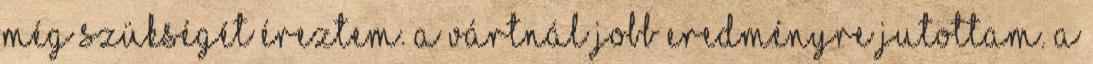
még szükségét éreztem. A vártnál jobb eredményre jutottam. A